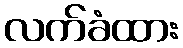
လက်ခံထား